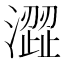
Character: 澀